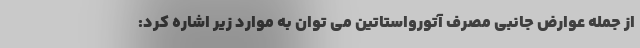
از جمله عوارض جانبی مصرف آتورواستاتین می توان به موارد زیر اشاره کرد: